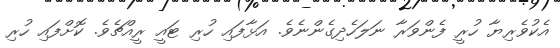
އެކުވެރިޔާ ހުރީ ފެންވަރާ ނަލަހެދިގެންނެވެ. އަޅާފައި ހުރި ޓައީ ރީއްޗެވެ. ކޮށްފައި ހުރި